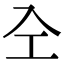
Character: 㒰